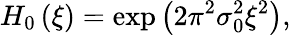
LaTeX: H_{0}\left(\xi\right)=\exp\left({2\pi^{2}\sigma_{0}^{2}\xi^{2}}\right),